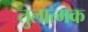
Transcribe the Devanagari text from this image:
तुलात्मक